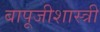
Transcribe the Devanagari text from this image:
बापूजीशास्त्री